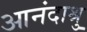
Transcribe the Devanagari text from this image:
आनंदाश्रु